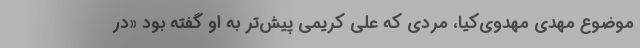
موضوع مهدی مهدوی‌کیا، مردی که علی کریمی پیش‌تر به او گفته بود «در